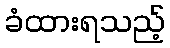
ခံထားရသည့်